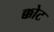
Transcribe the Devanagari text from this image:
क्कोट